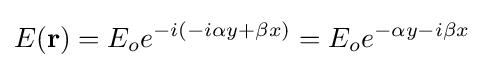
E(\mathbf {r} )=E_{o}e^{-i(-i\alpha y+\beta x)}=E_{o}e^{-\alpha y-i\beta x}